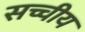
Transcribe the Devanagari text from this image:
सच्चीय